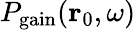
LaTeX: P_{\mathrm{gain}}(\mathbf{r}_{0},\omega)